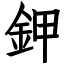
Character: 鉀